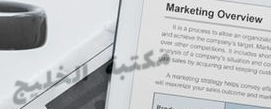
مكتبة الخليج